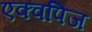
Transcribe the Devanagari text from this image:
एक्वपिज